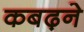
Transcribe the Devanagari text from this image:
कबढ़ने